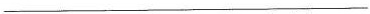
___